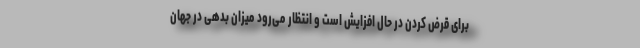
برای قرض کردن در حال افزایش است و انتظار می‌رود میزان بدهی در جهان